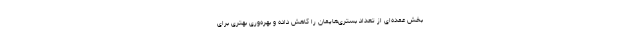
بخش عمده‌ای از تعداد بستری‌هایمان را کاهش داده و بهره‌وری بهتری برای